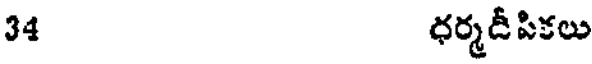
34 ధర్మడీపికలు